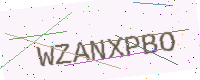
Text: WZANXPBO